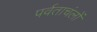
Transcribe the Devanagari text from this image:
पर्वताचंलों